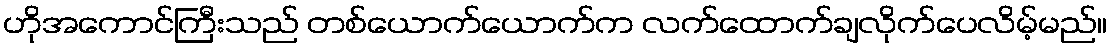
ဟိုအကောင်ကြီးသည် တစ်ယောက်ယောက်က လက်ထောက်ချလိုက်ပေလိမ့်မည်။